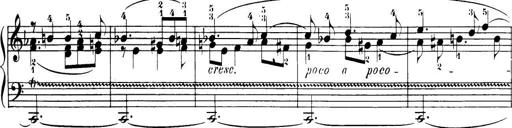
Title: 32 Sonatinas and Rondos for the Piano
Composer: Richard Kleinmichel